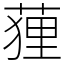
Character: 䔆